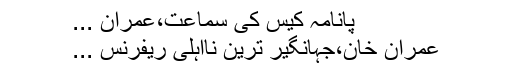
پانامہ کیس کی سماعت،عمران ...
عمران خان،جہانگیر ترین نااہلی ریفرنس ...